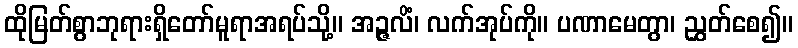
ထိုမြတ်စွာဘုရားရှိတော်မူရာအရပ်သို့။ အဉ္ဇလိံ၊ လက်အုပ်ကို။ ပဏာမေတွာ၊ ညွှတ်စေ၍။